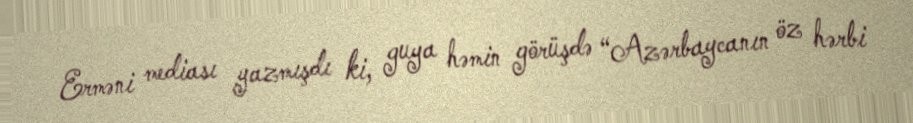
Erməni mediası yazmışdı ki, guya həmin görüşdə “Azərbaycanın öz hərbi